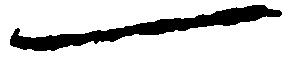
一